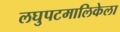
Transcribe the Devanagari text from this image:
लघुपटमालिकेला